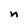
Character: n